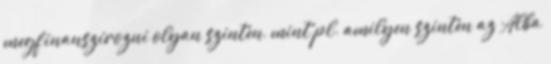
megfinanszírozni olyan szinten, mint pl. amilyen szinten az Alba